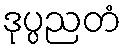
ဒုပ္ပညတံ